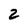
Character: 2